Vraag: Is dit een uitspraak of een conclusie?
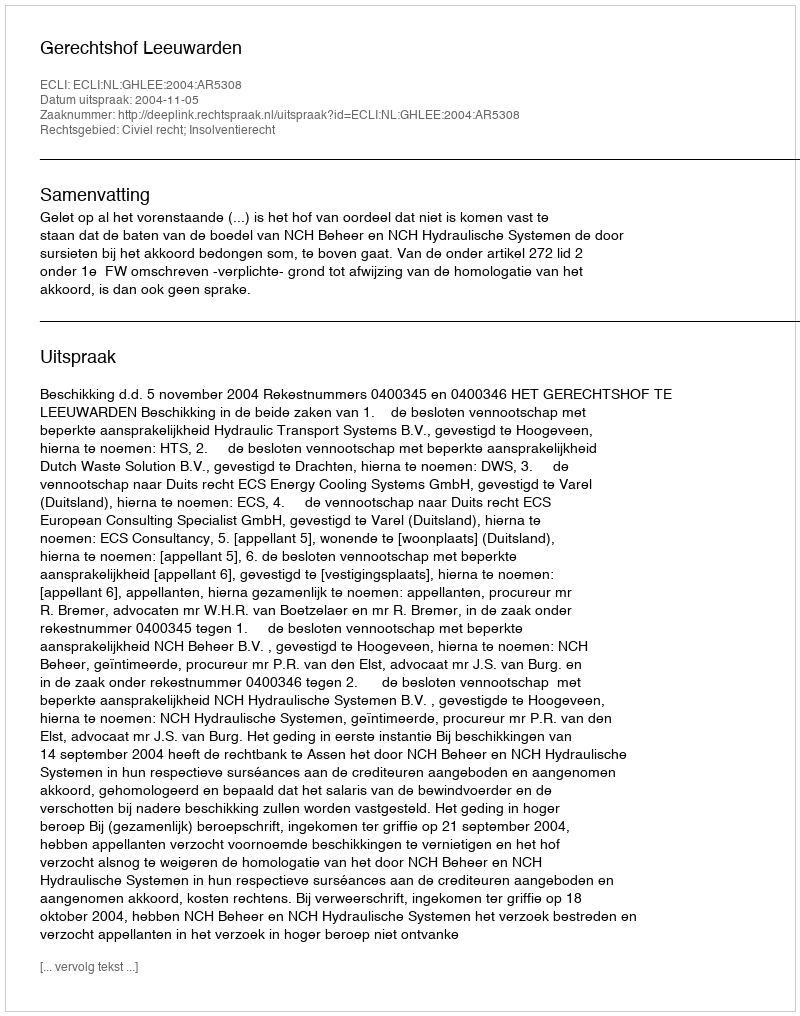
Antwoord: Uitspraak